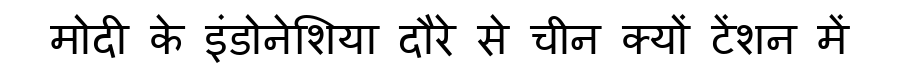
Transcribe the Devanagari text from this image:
मोदी के इंडोनेशिया दौरे से चीन क्यों टेंशन में